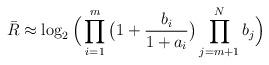
LaTeX: \begin{align*}{\bar R} \approx \log_2\Big(\prod_{i=1}^m\big(1+\frac{b_i}{1+a_i}\big)\prod_{j=m+1}^{N}b_j\Big)\end{align*}